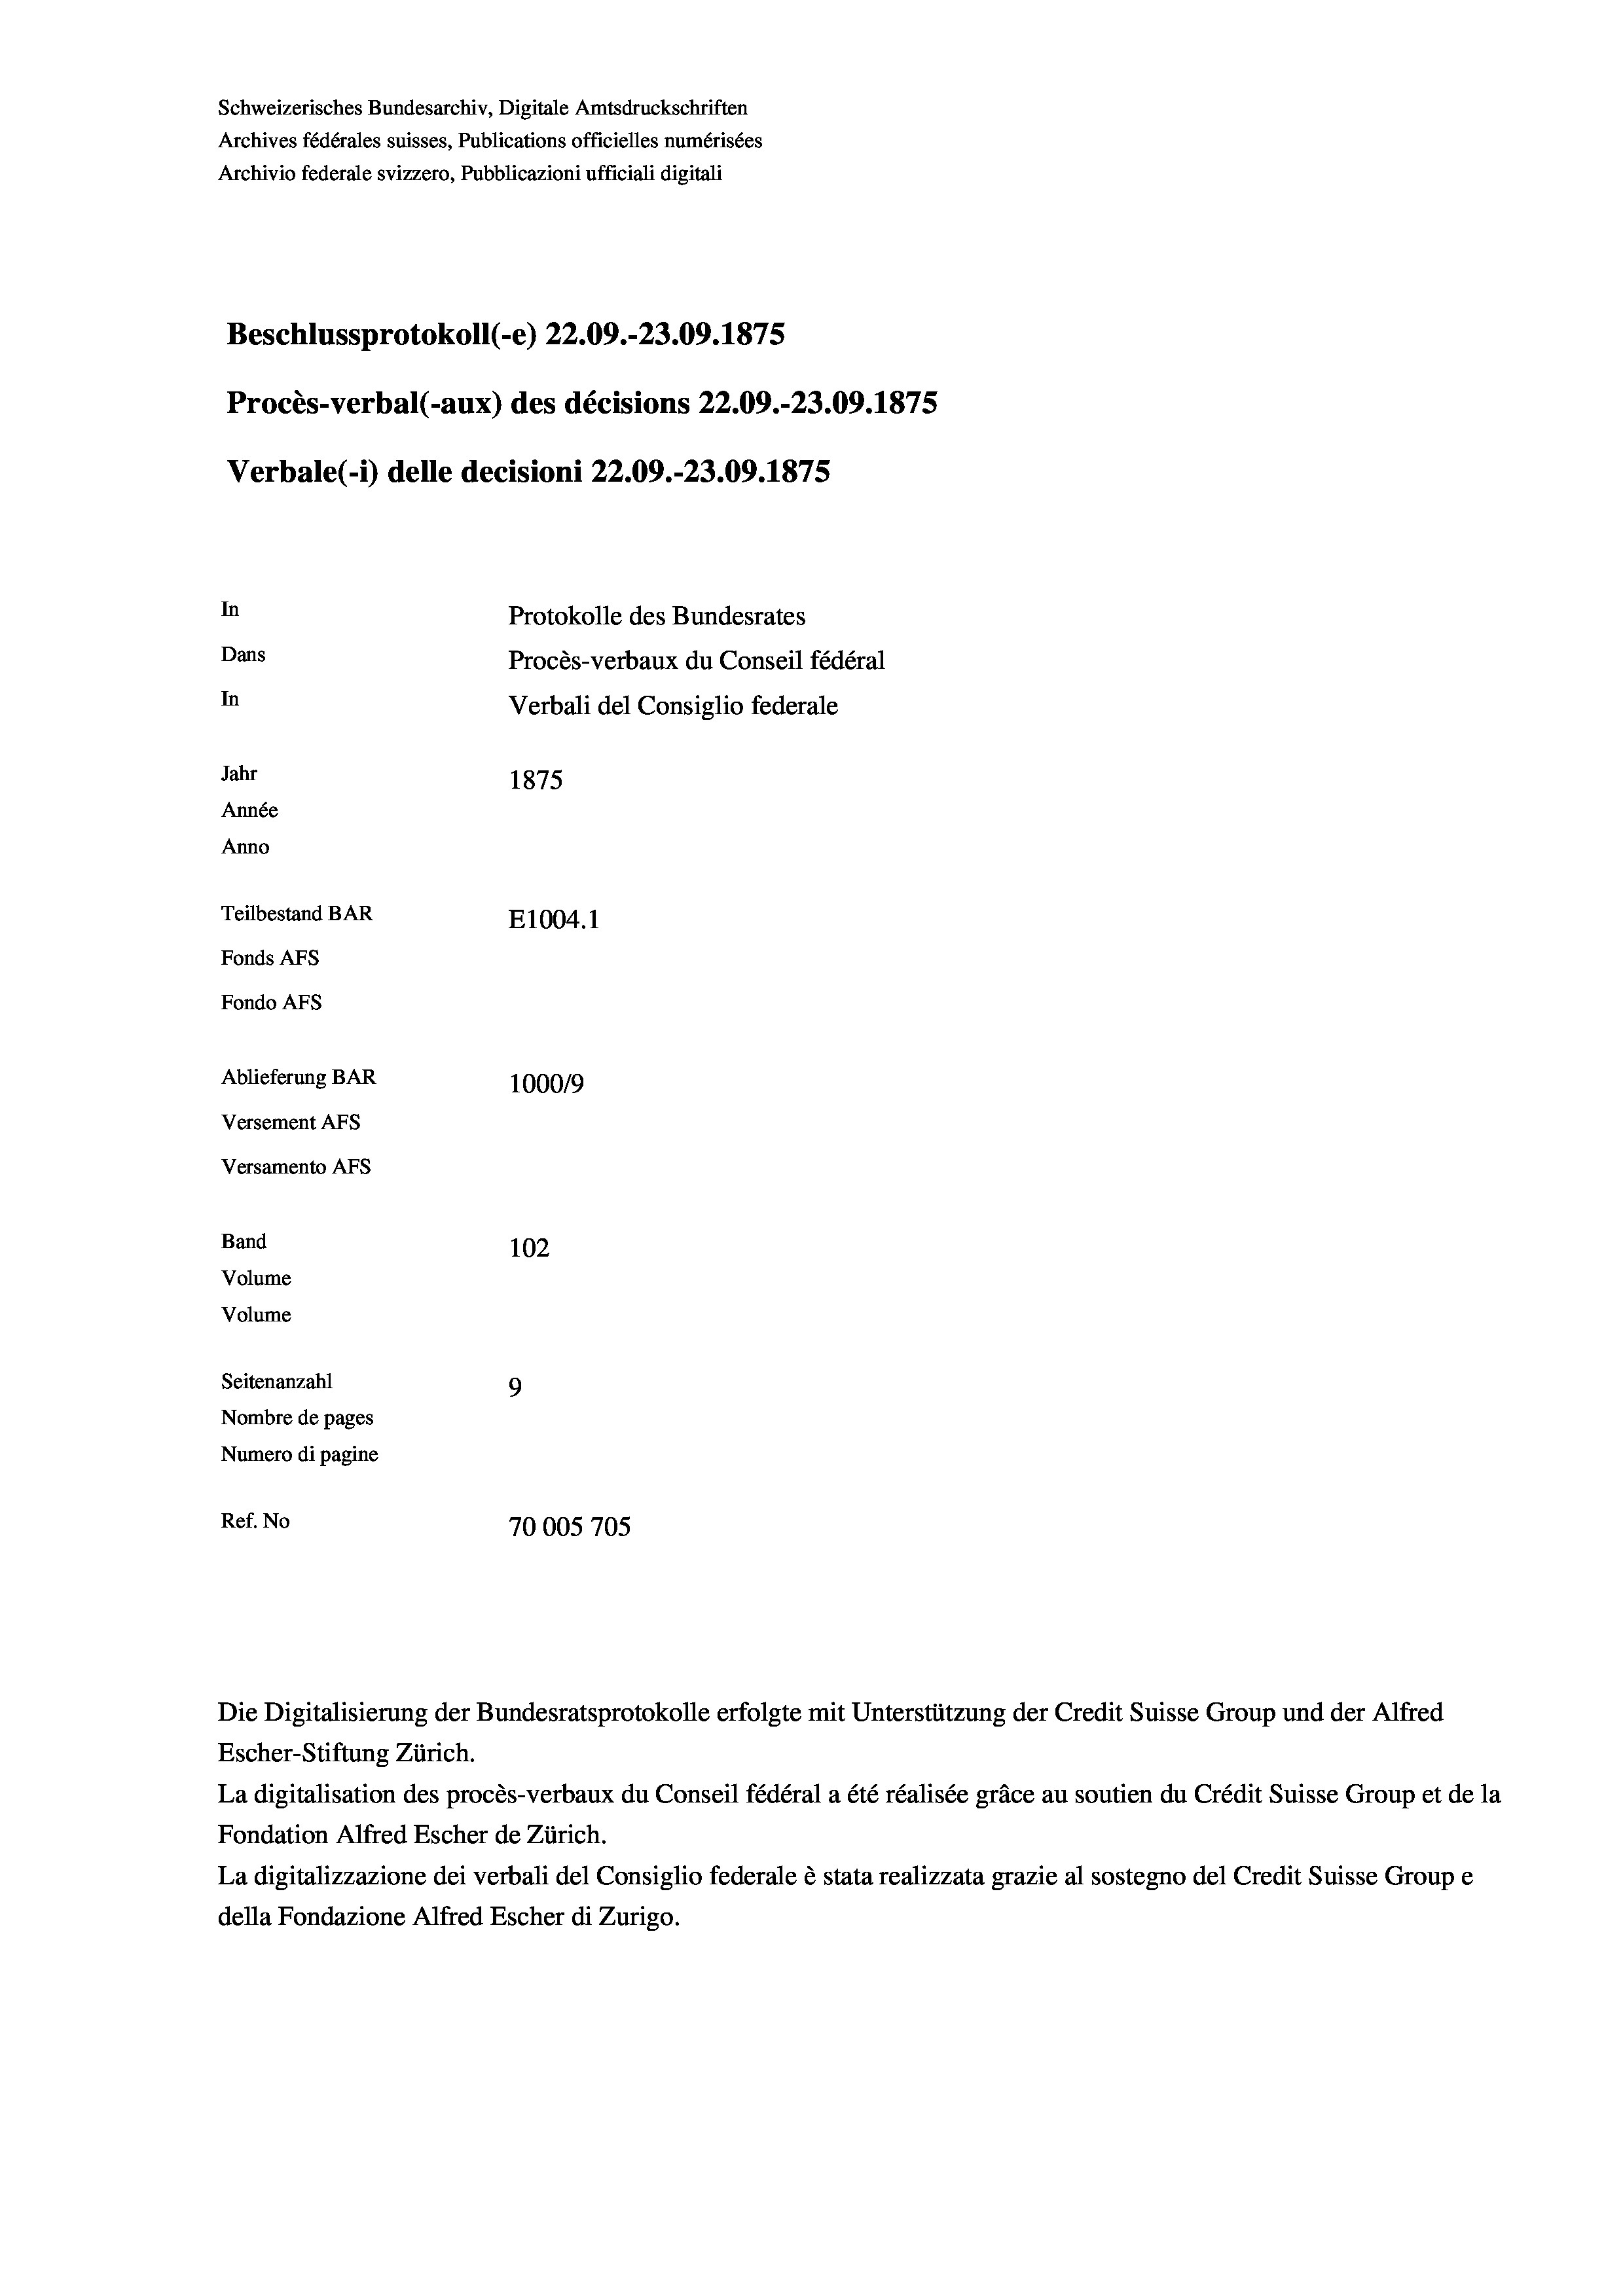
Schweizerisches Bundesarchiv, Digitale Amtsdruckschriften
Archives fédérales suisses, Publications officielles numérisées
Archivio federale svizzero, Pubblicazioni ufficiali digitali
Beschlussprotokoll (-e) 22.09.-23.09. 1875
Procès-verbal (-aux) des décisions 22.09.-23.09. 1875
Verbale (- 1) delle decisioni 22.09.-23.09. 1875
In
Protokolle des Bundesrates
Dans
Procès-verbaux du Conseil fédéral
In
Verbali del Consiglio federale
Jahr
1875
Année
Anno
Teilbestand BAR
E1004. 1
Fonds AFs
Fondo AFS
Ablieferung BAR
100019
Versement AFs
Versamento Afs

Band
Volume

102
Seitenanzahl
9
Nombre de pages
Numero di pagine
Ref. No
70005705

Volume

Die Digitalisierung der Bundesratsprotokolle erfolgte mit Unterstützung der Credit Suisse Group und der Alfred
Escher-Stiftung Zürich.
La digitalisation des procès-verbaux du Conseil fédéral a été réalisée gräce au soutien du Crédit Suisse Group et de la
Fondation Alfred Escher de Zürich.
La digitalizzazione dei verbali del Consiglio federale è stata realizzata grazie al sostegno del Credit Suisse Groupe
della Fondazione Alfred Escher di Zurigo.